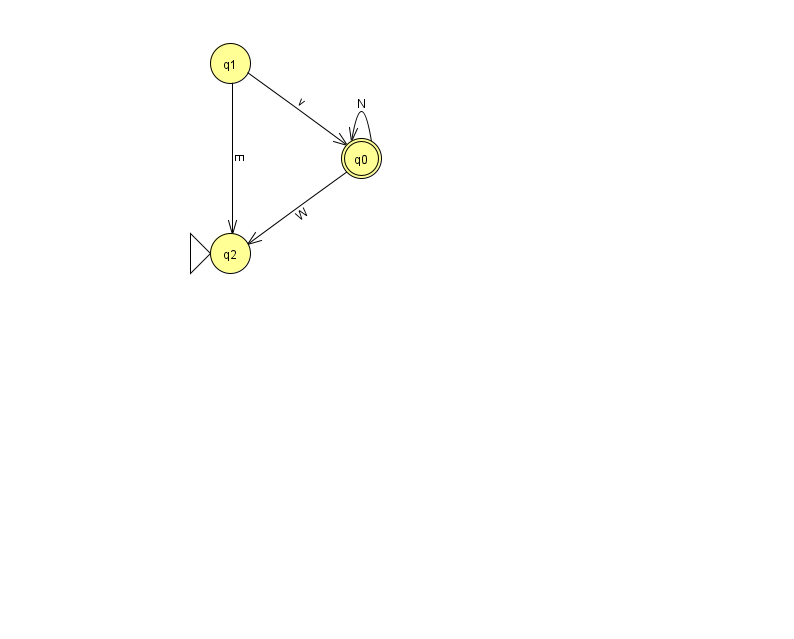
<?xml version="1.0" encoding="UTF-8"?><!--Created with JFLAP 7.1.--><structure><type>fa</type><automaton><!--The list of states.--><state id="0" name="q0"><x>361.0</x><y>145.0</y><final/></state><state id="1" name="q1"><x>230.0</x><y>50.0</y></state><state id="2" name="q2"><x>230.0</x><y>240.0</y><initial/></state><!--The list of transitions.--><transition><from>0</from><to>2</to><read>W</read></transition><transition><from>1</from><to>2</to><read>E</read></transition><transition><from>1</from><to>0</to><read>v</read></transition><transition><from>0</from><to>0</to><read>N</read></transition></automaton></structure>